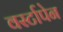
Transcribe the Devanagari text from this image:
वर्स्टापेन